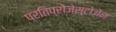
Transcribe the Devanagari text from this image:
प्रतिप्रोजेस्टोजेन